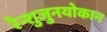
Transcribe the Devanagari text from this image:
रेन्शुजुनयोकान